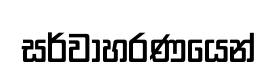
සර්වාහරණයෙන්